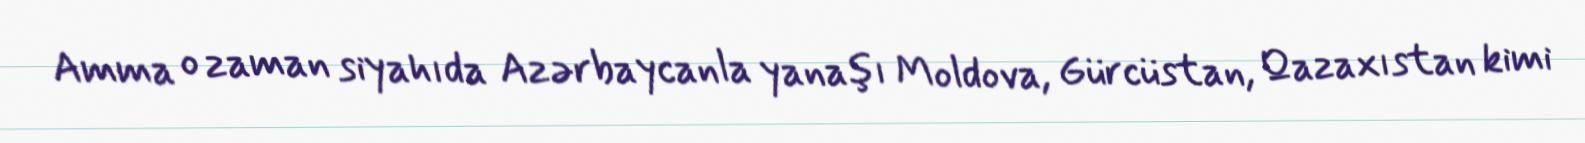
Amma o zaman siyahıda Azərbaycanla yanaşı Moldova, Gürcüstan, Qazaxıstan kimi